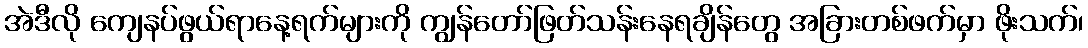
အဲဒီလို ကျေနပ်ဖွယ်ရာနေ့ရက်များကို ကျွန်တော်ဖြတ်သန်းနေရချိန်တွေ အခြားတစ်ဖက်မှာ ဖိုးသက်၊